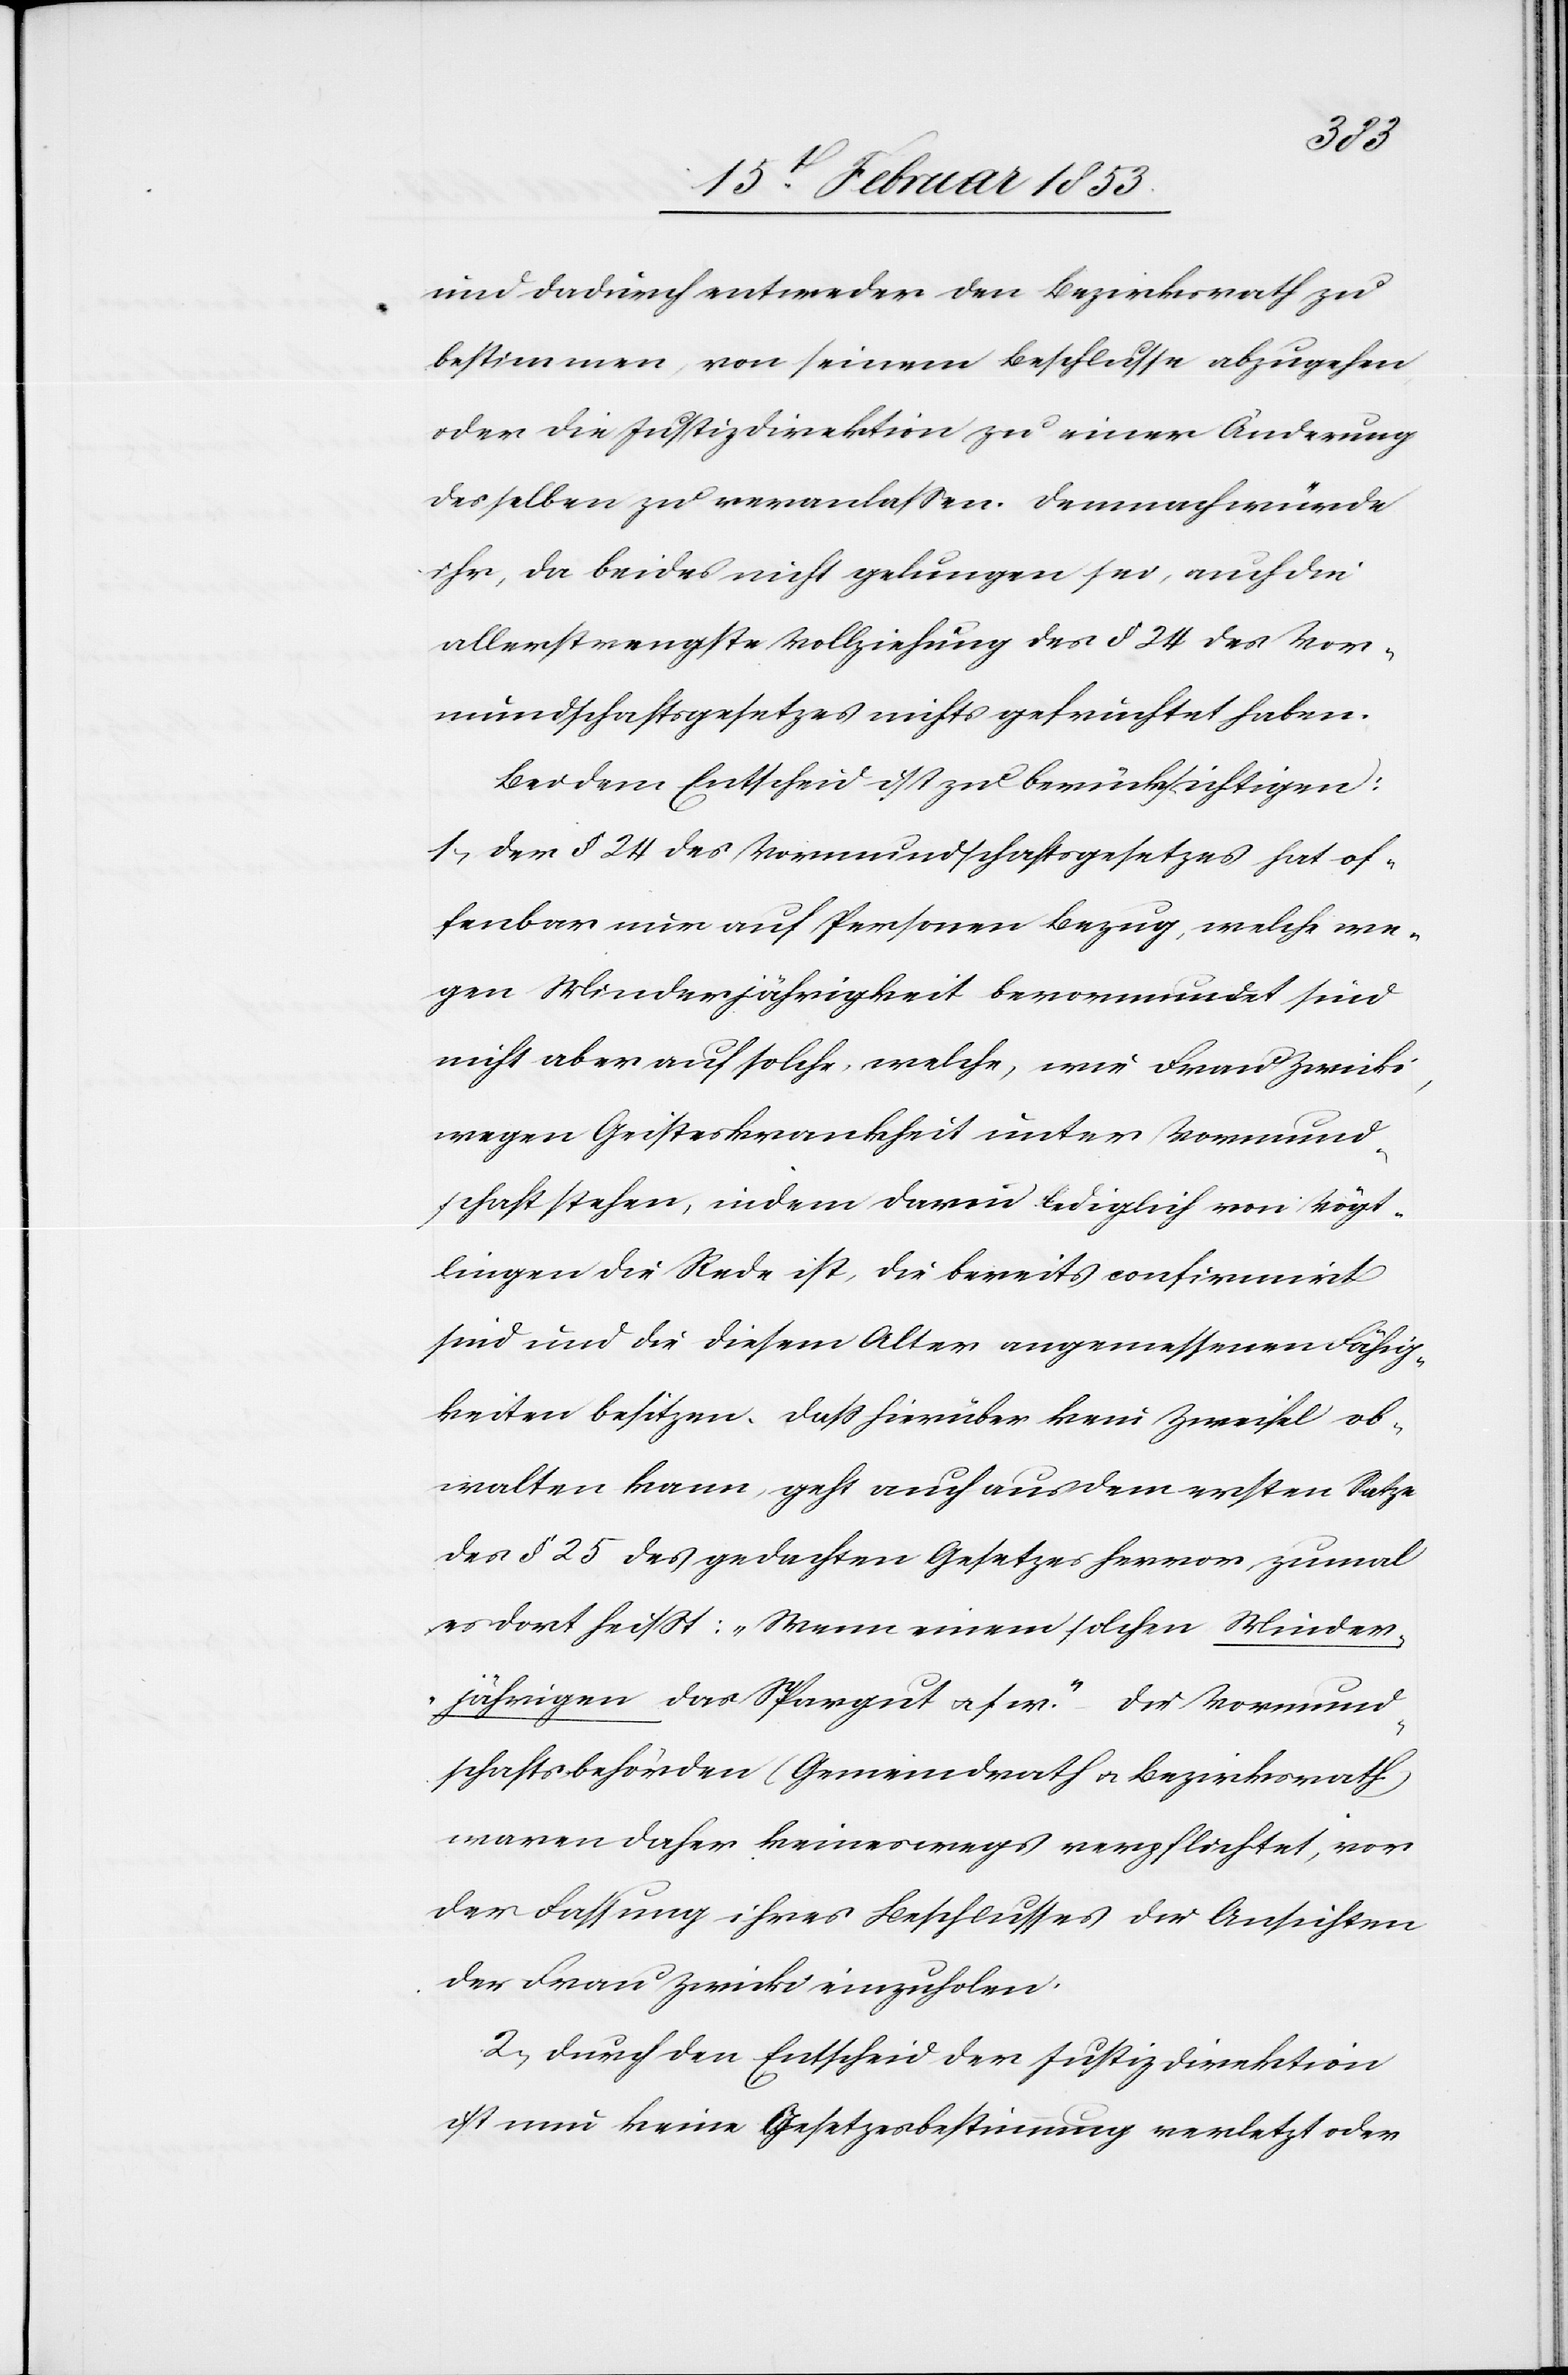
und dadurch entweder den Bezirksrath zu
bestimmen, von seinem Beschlusse abzugehen
oder die Justizdirektion zu einer Änderung
desselben zu veranlaßen. Demnach würde
ihr, da beides nicht gelungen sei, auch die
allerstrengste Vollziehung des § 24 des Vor¬
mundschaftsgesetzes nichts gefruchtet haben.
Bei dem Entscheid ist zu berücksichtigen:
1, Der § 24 des Vormundschaftsgesetzes hat of¬
fenbar nur auf Personen Bezug, welche we¬
gen Minderjährigkeit bevormundet sind
nicht aber auf solche, welche, wie Frau Zwicki,
wegen Geisteskrankheit unter Vormund¬
schaft stehen, indem darin lediglich von Vögt¬
lingen die Rede ist, die bereits confirmirt
sind und die diesem Alter angemessenen Fähig¬
keiten besitzen. Daß hierüber kein Zweifel ob¬
walten kann, geht auch aus dem ersten Satze
des § 25 des gedachten Gesetzes hervor zumal
es dort heißt: „Wenn einem solchen Minder¬
jährigen das Spargut u. s. w.“ Die Vormund¬
schaftsbehörden (Gemeindrath u. Bezirksrath)
waren daher keineswegs verpflichtet, vor
der Fassung ihres Beschlusses die Ansichten
der Frau Zwicki einzuholen.
2, Durch den Entscheid der Justizdirektion
ist nun keine Gesetzesbestimmung verletzt oder